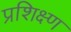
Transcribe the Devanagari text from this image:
प्रशिक्ष्ण